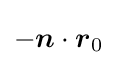
-{\boldsymbol {n}}\cdot {\boldsymbol {r}}_{0}